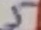
Text: 5